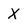
Character: X